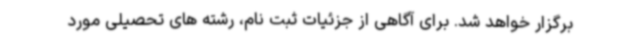
برگزار خواهد شد. برای آگاهی از جزئیات ثبت نام، رشته های تحصیلی مورد